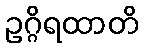
ဥဂ္ဂိရထာတိ